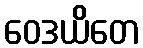
ဝေဒယိတေ